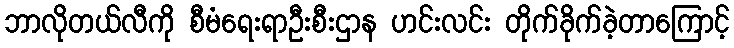
ဘာလိုတယ်လီကို စီမံရေးရာဦးစီးဌာန ဟင်းလင်း တိုက်ခိုက်ခဲ့တာကြောင့်